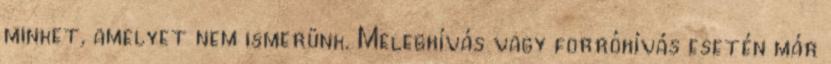
minket, amelyet nem ismerünk. Meleghívás vagy forróhívás esetén már